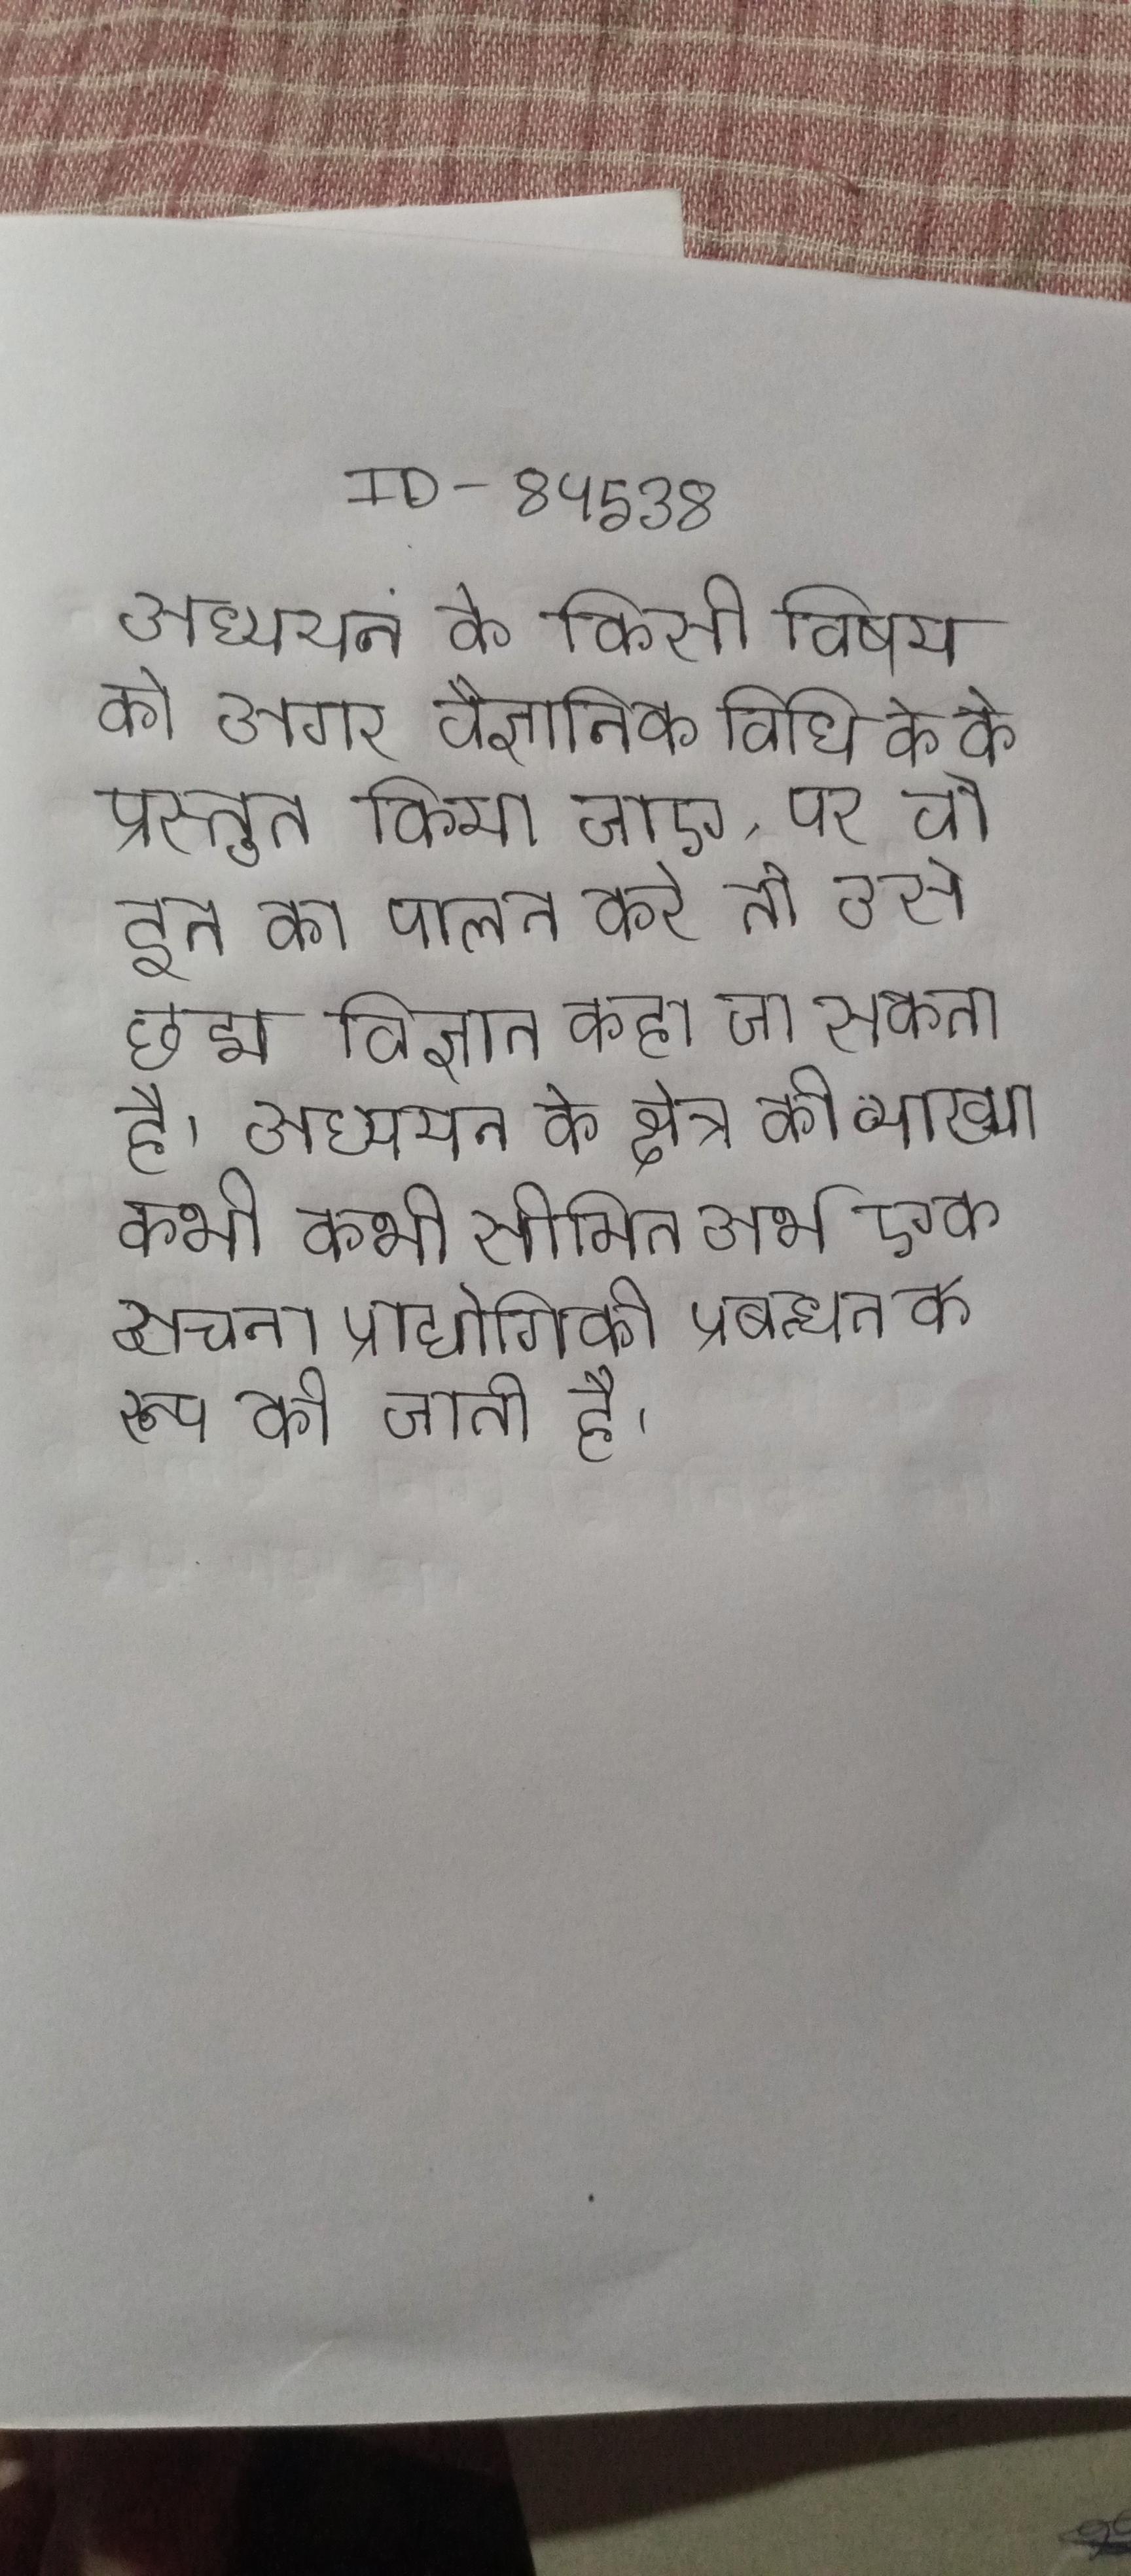
अध्ययन के किसी विषय को अगर वैज्ञानिक विधि के के प्रस्तुत किया जाए, पर वो इन का पालन करे तो उसे छद्म विज्ञान कहा जा सकता है । अध्ययन के क्षेत्र की व्याख्या कभी कभी सीमित अर्थ एक सूचना प्रौद्योगिकी प्रबन्धन के रूप की जाती है ।